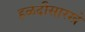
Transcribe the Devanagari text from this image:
हळदीसारखे